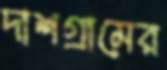
দাশগ্রামের